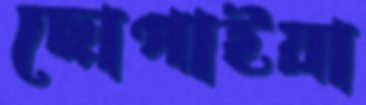
ছোপাইয়া